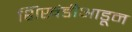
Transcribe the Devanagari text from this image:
शिखंडीआडून